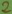
Text: 2